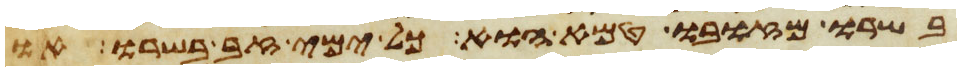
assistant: בשרו מזובו טמא הוא כל ימי זב בשרו או